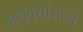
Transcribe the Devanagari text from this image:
मणक्यांमध्ये